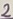
Text: 2